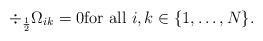
LaTeX: \begin{align*} \div_{\frac{1}{2}} \Omega_{ik} = 0 \mbox{for all }i,k \in \{1,\ldots,N\}.\end{align*}